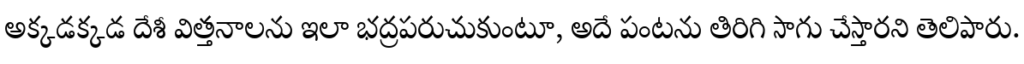
అక్కడక్కడ దేశీ విత్తనాలను ఇలా భద్రపరుచుకుంటూ, అదే పంటను తిరిగి సాగు చేస్తారని తెలిపారు.